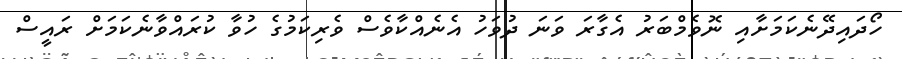
ހޯދައިދޭނެކަމަށާއި ނޮވެމްބަރު އެގާރަ ވަނަ ދުވަހު އެނެއްކާވެސް ވެރިކަމުގެ ހުވާ ކުރައްވާނެކަމަށް ރައީސް